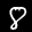
Label: 8